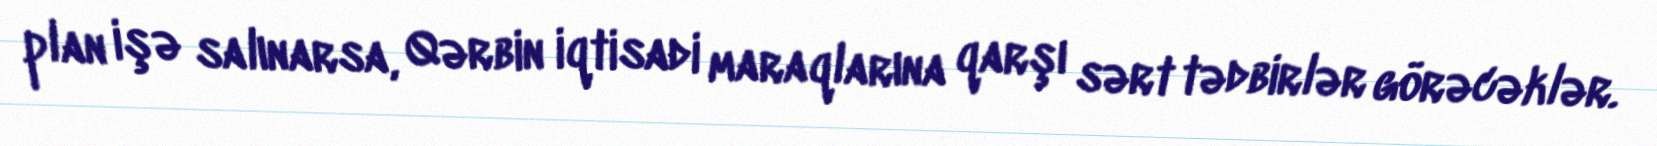
plan işə salınarsa, Qərbin iqtisadi maraqlarına qarşı sərt tədbirlər görəcəklər.